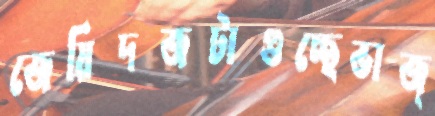
জেয়িদজটাগুচ্ছেভাজ্